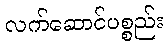
လက်ဆောင်ပစ္စည်း